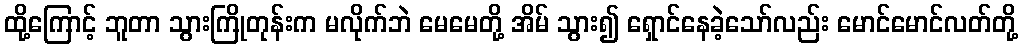
ထို့ကြောင့် ဘူတာ သွားကြိုတုန်းက မလိုက်ဘဲ မေမေတို့ အိမ် သွား၍ ရှောင်နေခဲ့သော်လည်း မောင်မောင်လတ်တို့